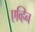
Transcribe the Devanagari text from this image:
एव्हिन